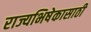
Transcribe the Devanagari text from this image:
राज्यभिषेकासाठी